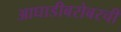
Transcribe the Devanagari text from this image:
आघाडीबरोबरची